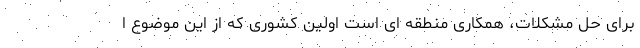
برای حل مشکلات، همکاری منطقه ای است اولین کشوری که از این موضوع ا